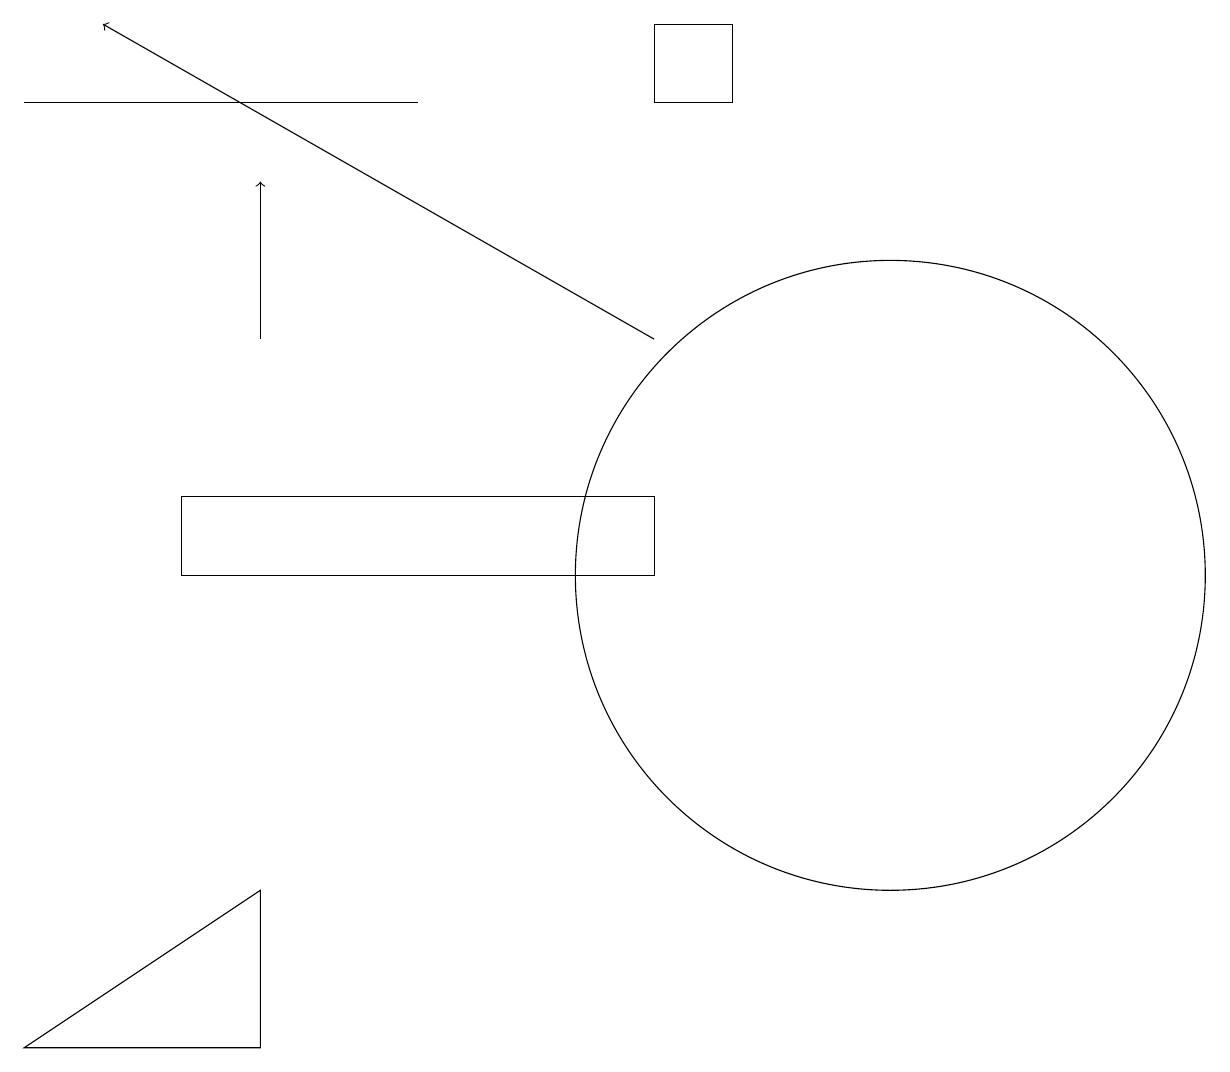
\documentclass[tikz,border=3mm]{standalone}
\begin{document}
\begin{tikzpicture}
\draw (11,10) circle (0);
\draw (9,18) rectangle (8,17);
\draw[->] (8,14) -- (1,18);
\draw (11,11) circle (4);
\draw (3,5) -- (3,7) -- (0,5) -- cycle;
\draw (0,17) rectangle (5,17);
\draw (2,11) rectangle (8,12);
\draw[->] (3,14) -- (3,16);
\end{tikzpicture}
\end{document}